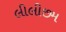
લીલીછમ